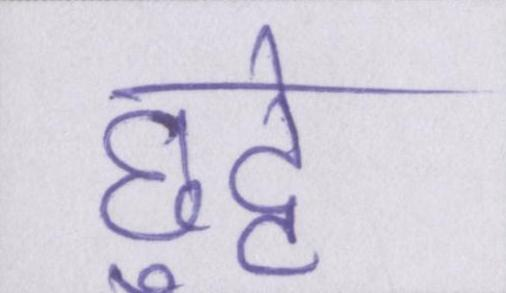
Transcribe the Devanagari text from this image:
छुट्टे